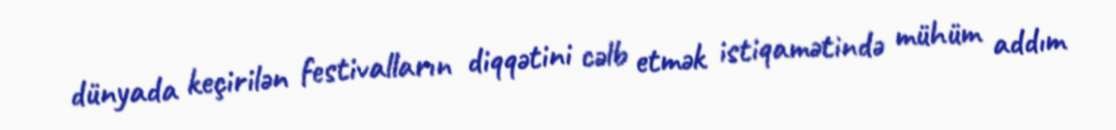
dünyada keçirilən festivalların diqqətini cəlb etmək istiqamətində mühüm addım